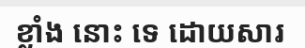
ខ្លាំង នោះ ទេ ដោយសារ